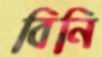
বিনি